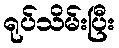
ရုပ်သိမ်းပြီး